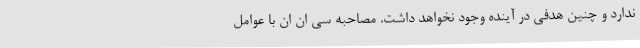
ندارد و چنین هدفی در آینده وجود نخواهد داشت. مصاحبه سی ان ان با عوامل